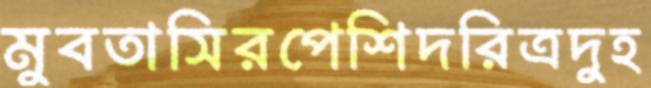
মুবতাসিরপেশিদরিত্রদুহ